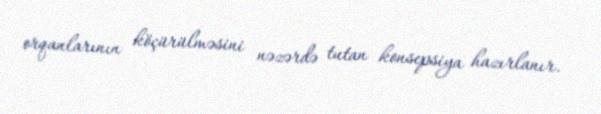
orqanlarının köçürülməsini nəzərdə tutan konsepsiya hazırlanır.